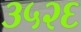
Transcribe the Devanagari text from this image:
३५२६